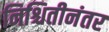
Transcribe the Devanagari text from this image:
निश्चितीनंतर